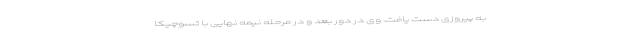
به پیروزی دست یافت. وی در دور بعد و در مرحله نیمه نهایی با تسوچیکا